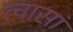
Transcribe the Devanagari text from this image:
त्वासां